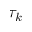
\tau _ { k }